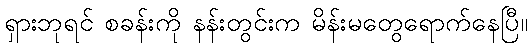
ရှားဘုရင် စခန်းကို နန်းတွင်းက မိန်းမတွေရောက်နေပြီ။